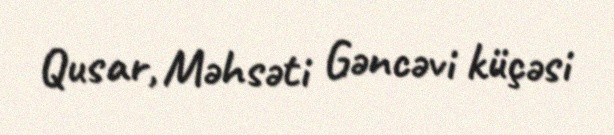
Qusar, Məhsəti Gəncəvi küçəsi